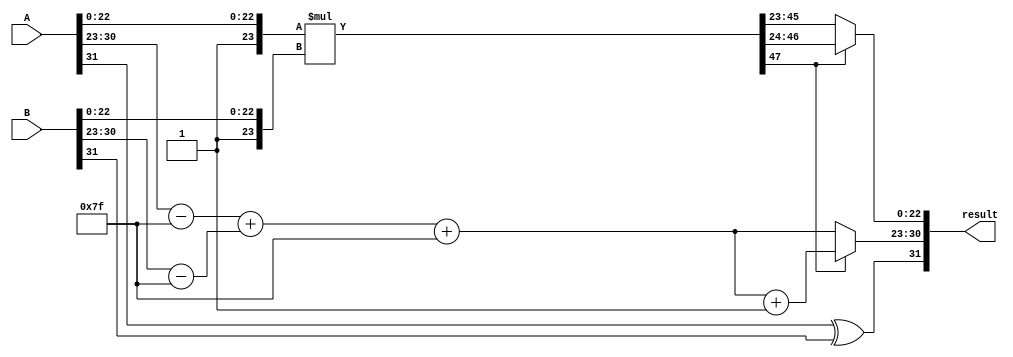
module floating_point_wallace_tree_multiplier (
    input [31:0] A, // First floating-point number
    input [31:0] B, // Second floating-point number
    output reg [31:0] result // Resulting floating-point number
);

    // Extract sign, exponent, and mantissa from inputs
    wire signA = A[31];
    wire signB = B[31];
    wire [7:0] expA = A[30:23];
    wire [7:0] expB = B[30:23];
    wire [22:0] mantA = A[22:0];
    wire [22:0] mantB = B[22:0];

    // Normalize mantissas (add implicit leading 1)
    wire [23:0] normMantA = {1'b1, mantA}; // Implicit leading 1 for normalized numbers
    wire [23:0] normMantB = {1'b1, mantB};

    // Exponent bias
    localparam EXP_BIAS = 8'd127;

    // Calculate biased exponents
    wire [7:0] biasedExpA = expA - EXP_BIAS;
    wire [7:0] biasedExpB = expB - EXP_BIAS;

    // Calculate result exponent
    wire [8:0] resultExp = biasedExpA + biasedExpB + EXP_BIAS; // Add bias back

    // Wallace Tree multiplication of mantissas
    wire [47:0] product = normMantA * normMantB; // 24 * 24 = 48 bits

    // Normalize the product
    wire [23:0] finalMant;
    wire [7:0] finalExp;
    wire shift;

    // Check if normalization is needed
    assign shift = product[47]; // Check the leading bit
    assign finalMant = shift ? product[46:24] : product[45:23]; // Shift if needed
    assign finalExp = shift ? resultExp + 1 : resultExp; // Adjust exponent if shifted

    // Determine the sign of the result
    wire resultSign = signA ^ signB;

    // Assemble final result
    always @(*) begin
        result = {resultSign, finalExp[7:0], finalMant[22:0]};
    end

endmodule